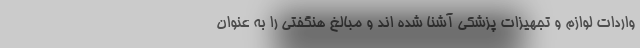
واردات لوازم و تجهیزات پزشکی آشنا شده اند و مبالغ هنگفتی را به عنوان